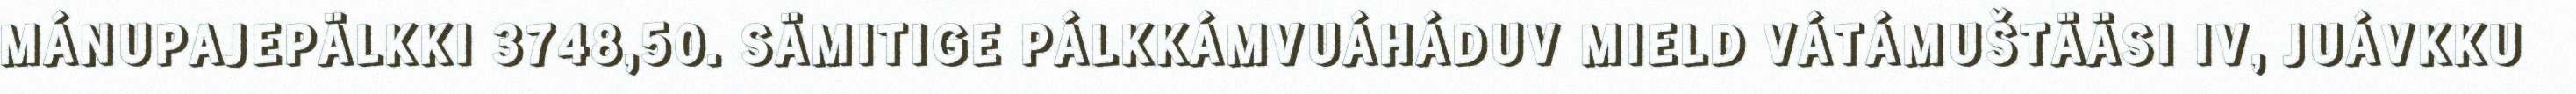
MÁNUPAJEPÄLKKI 3748,50. SÄMITIGE PÁLKKÁMVUÁHÁDUV MIELD VÁTÁMUŠTÄÄSI IV, JUÁVKKU